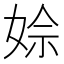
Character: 𡝙